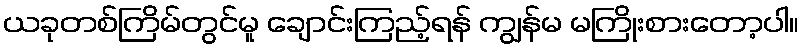
ယခုတစ်ကြိမ်တွင်မူ ချောင်းကြည့်ရန် ကျွန်မ မကြိုးစားတော့ပါ။